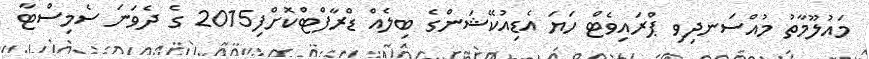
މައުލޫމާތު މުއްސަނދިވި ޕްރައިވެޓް ހަޔަ އެޑިއުކޭޝަންގެ ބިލެއް ޑްރާފްޓްކޮށްފި2015 ގެ ދެވަނަ ސެމިސްޓާ